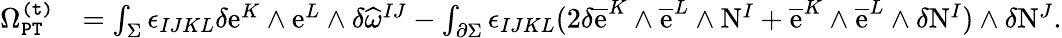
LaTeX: \begin{array}{rl}{\Omega_{\mathtt{PT}}^{\mathtt{(t)}}}&{=\int_{\Sigma}\epsilon_{IJKL}\delta\mathrm{e}^{K}\wedge\mathrm{e}^{L}\wedge\delta\widehat{\omega}^{IJ}-\int_{\partial\Sigma}\epsilon_{IJKL}(2\delta\overline{{\mathrm{e}}}^{K}\wedge\overline{{\mathrm{e}}}^{L}\wedge\mathrm{N}^{I}+\overline{{\mathrm{e}}}^{K}\wedge\overline{{\mathrm{e}}}^{L}\wedge\delta\mathrm{N}^{I})\wedge\delta\mathrm{N}^{J}.}\end{array}